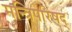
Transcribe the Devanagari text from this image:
मन्त्रिपरिषद्‍